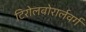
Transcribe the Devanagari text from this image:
टिरोलवोरार्लवर्ग